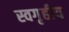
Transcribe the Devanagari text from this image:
स्वगृहीय